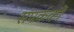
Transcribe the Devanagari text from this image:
संपर्ककों